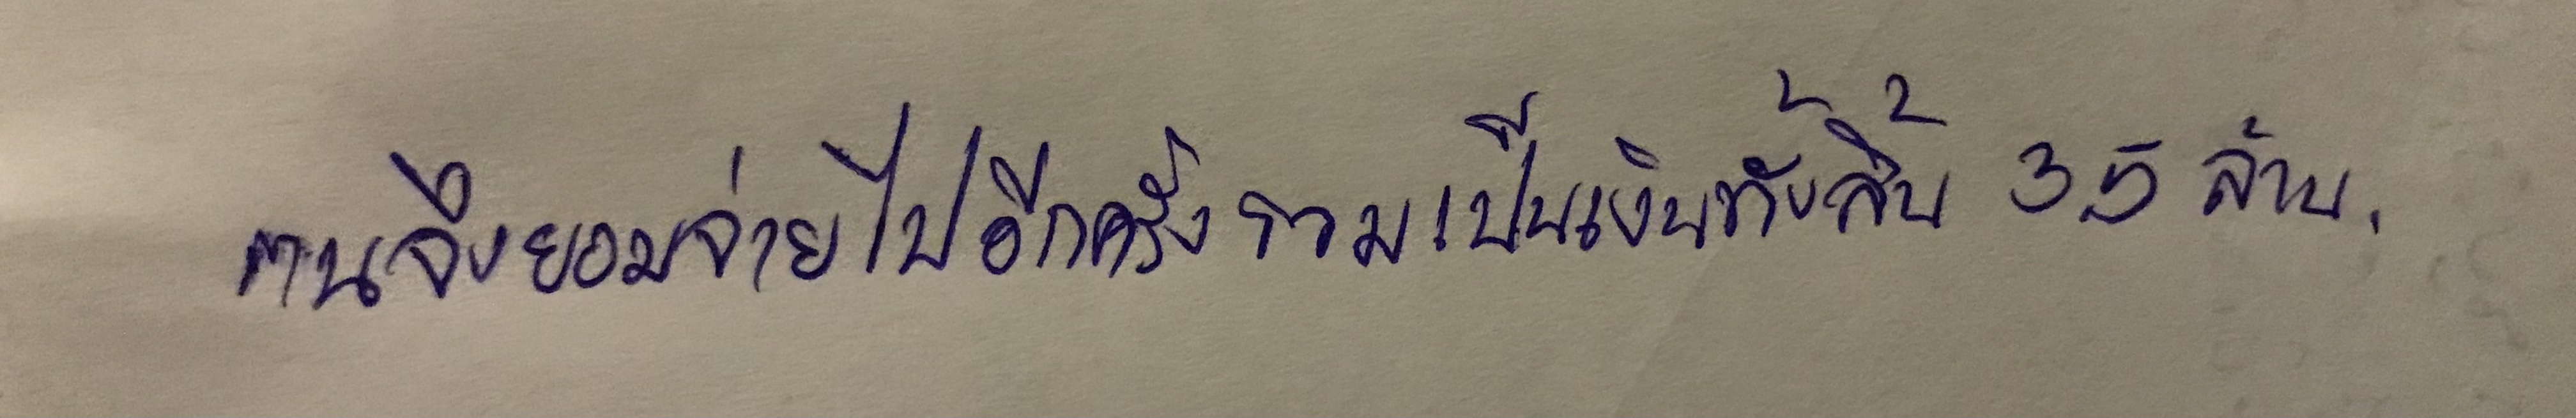
ตนจึงยอมจ่ายไปอีกครั้งรวมเป็นเงินทั้งสิ้น3.5ล้าน